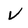
Character: v